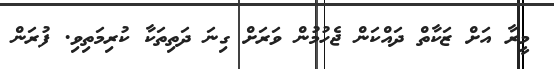
މީރާ އަށް ޒަކާތް ދައްކަން ޖެހުމުން ވަރަށް ގިނަ ދަތިތަކާ ކުރިމަތިވި. ފުރަން